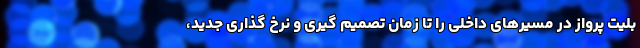
بلیت پرواز در مسیرهای داخلی را تا زمان تصمیم گیری و نرخ گذاری جدید،